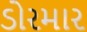
ડોરમાર